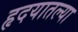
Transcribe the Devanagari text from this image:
हृदयातल्या